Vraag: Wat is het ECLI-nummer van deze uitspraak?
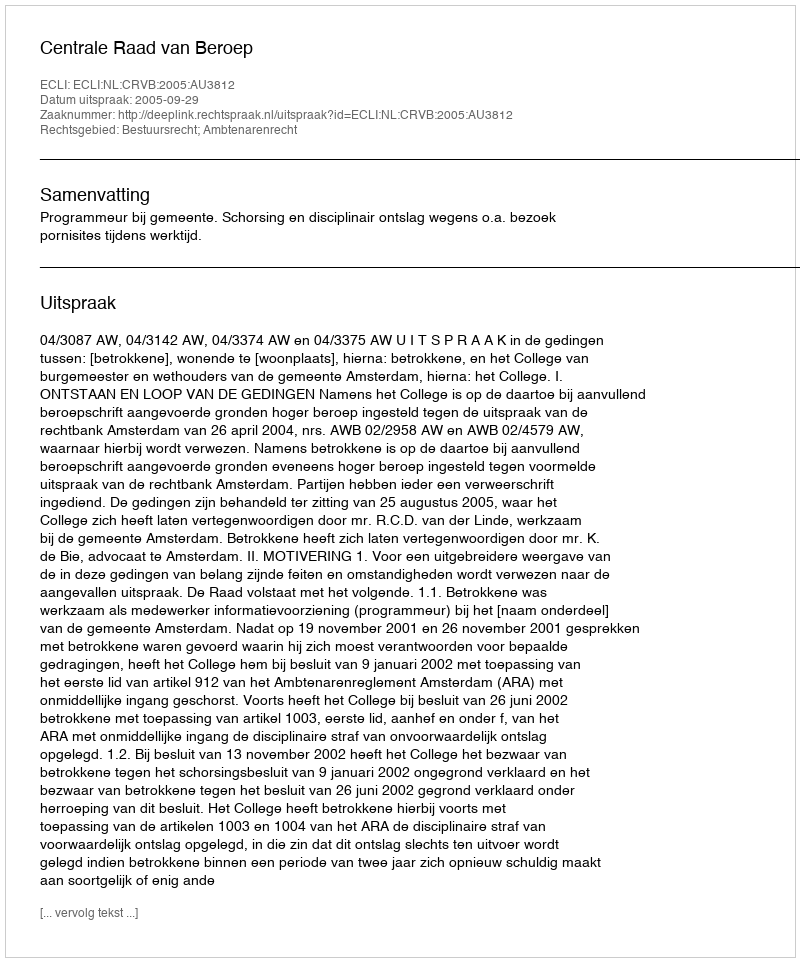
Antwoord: ECLI:NL:CRVB:2005:AU3812